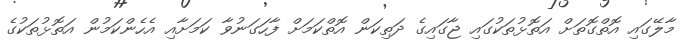
މާލޭގައި އޮތްގޮތަށް އަތޮޅުތަކުގައި ޖާގައިގެ ދަތިކަން އޮތްކަމަށް ފާހަގަނުވާ ކަމަށާއި އެހެންކަމުން އަތޮޅުތަކުގެ